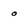
Character: o